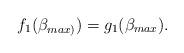
LaTeX: \begin{align*}f_{1}(\beta_{max)})=g_{1}(\beta_{max}).\end{align*}